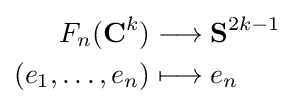
{\begin{aligned}F_{n}(\mathbf {C} ^{k})&\longrightarrow \mathbf {S} ^{2k-1}\\(e_{1},\ldots ,e_{n})&\longmapsto e_{n}\end{aligned}}